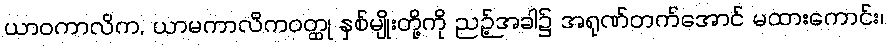
ယာဝကာလိက, ယာမကာလိကဝတ္ထု နှစ်မျိုးတို့ကို ညဉ့်အခါ၌ အရုဏ်တက်အောင် မထားကောင်း၊